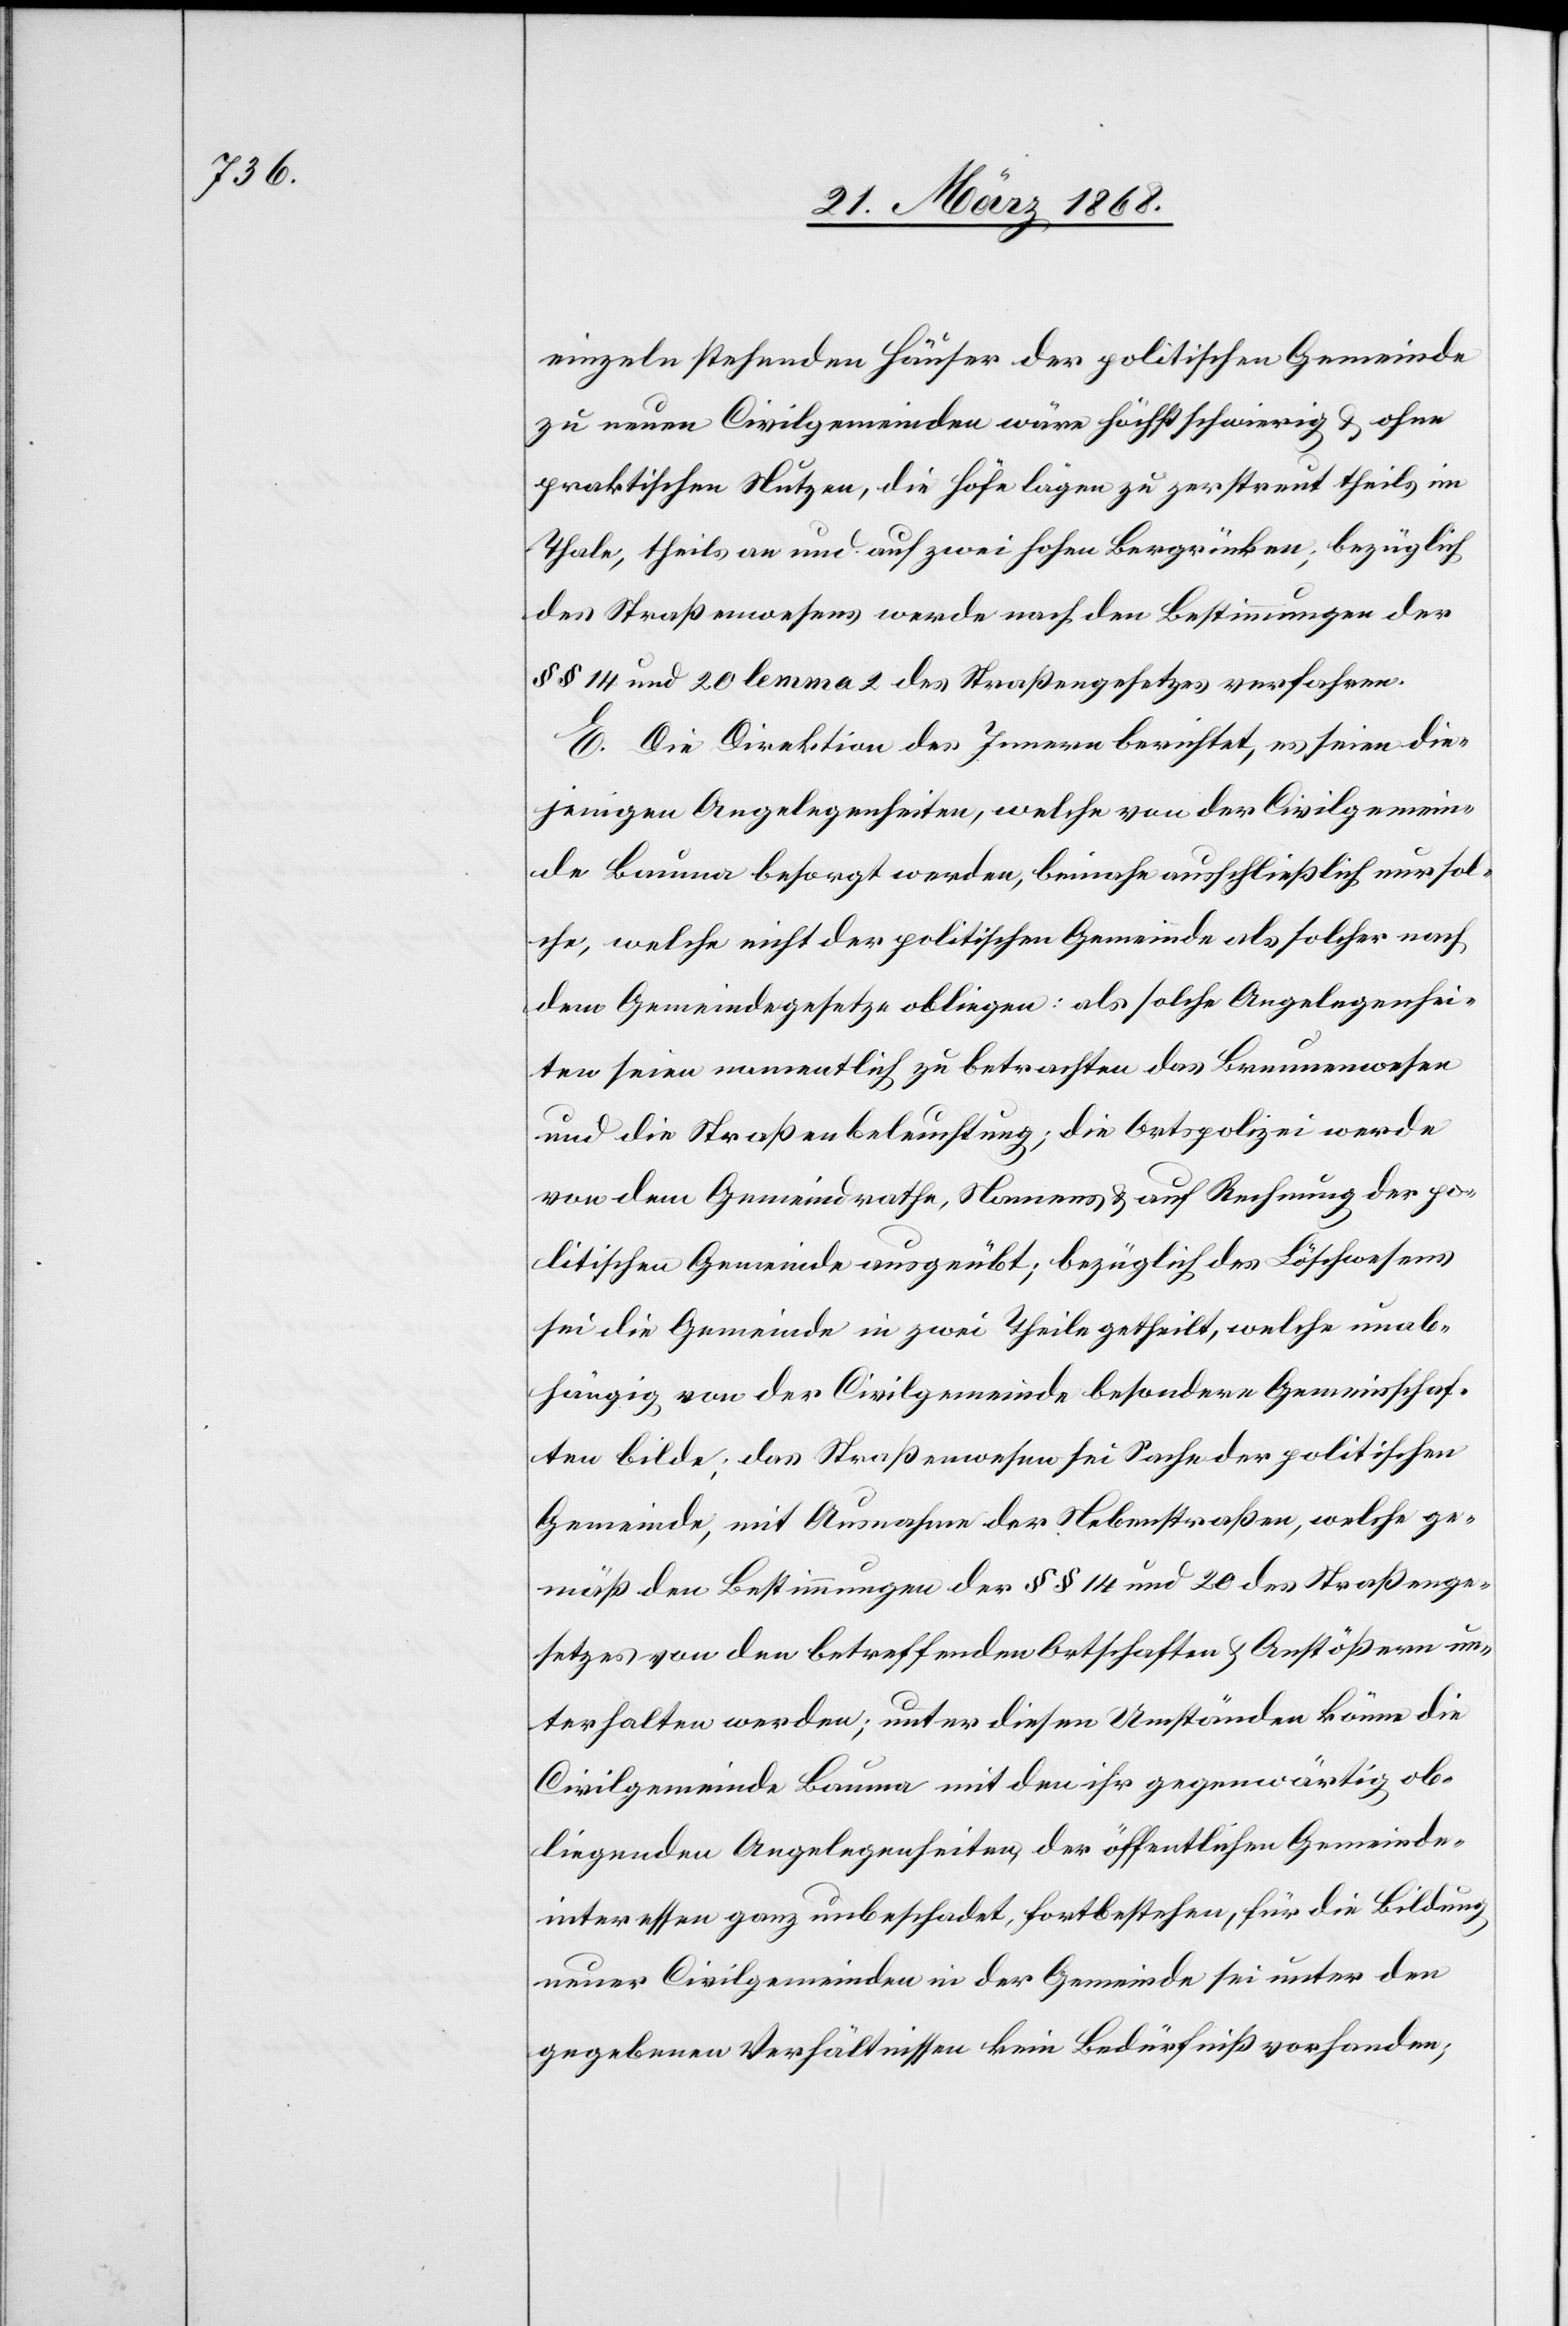
einzeln stehenden Häuser der politischen Gemeinde
zu neuen Civilgemeinden wäre höchst schwierig & ohne
praktischen Nutzen, die Höfe lägen zu zerstreut theils im
Thale, theils an und auf zwei hohen Bergrücken; bezüglich
des Straßenwesens werde nach den Bestimmungen der
§§ 14 und 20 lemma 2 des Straßengesetzes verfahren.
E. Die Direktion des Innern berichtet, es seien die¬
jenigen Angelegenheiten, welche von der Civilgemein¬
de Bauma besorgt werden, beinahe ausschließich nur sol¬
che, welche nicht der politischen Gemeinde als solcher nach
dem Gemeindegesetze obliegen: als solche Angelegenhei¬
ten seien namentlich zu betrachten das Brunnenwesen
und die Straßenbeleuchtung; die Ortspolizei werde
von dem Gemeindrathe, Namens & auf Rechnung der po¬
litischen Gemeinde ausgeübt; bezüglich des Löschwesens
sei die Gemeinde in zwei Theile getheilt, welche unab¬
hängig von der Civilgemeinde besondere Gemeinschaf¬
ten bilde; das Straßenwesen sei Sache der politischen
Gemeinde, mit Ausnahme der Nebenstraßen, welche ge¬
mäß den Bestimmungen der §§ 14 und 20 des Straßenge¬
setzes von den betreffenden Ortschaften & Anstößern un¬
terhalten werden; unter diesen Umständen könne die
Civilgemeinde Bauma mit den ihr gegenwärtig ob¬
liegenden Angelegenheiten, der öffentlichen Gemeinde¬
interessen ganz unbeschadet, fortbestehen, für die Bildung
neuer Civilgemeinden in der Gemeinde sei unter den
gegebenen Verhältnissen kein Bedürfniß vorhanden;